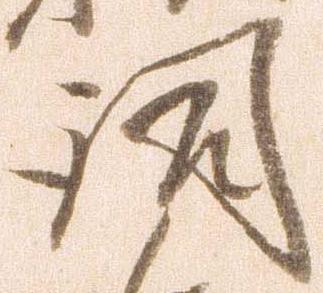
詞